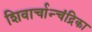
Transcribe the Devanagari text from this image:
शिवार्चान्चंद्रिका